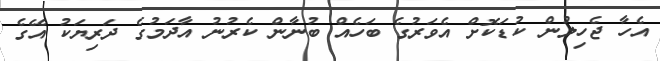
އެހާ ޖެހިލުން ކުޑަކޮށް އެވަރުގެ ބަހެއް ބުނާން ކެރުނު އާދަމުގެ ދަރިޔަކު އޭގެ